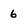
Character: 6